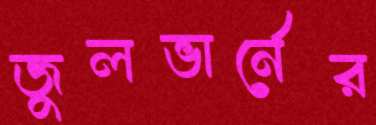
জুলভার্নের